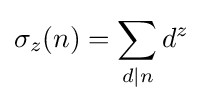
\sigma _{z}(n)=\sum _{d\mid n}d^{z}\,\!